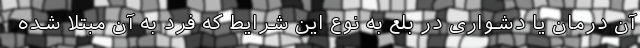
آن درمان یا دشواری در بلع به نوع این شرایط که فرد به آن مبتلا شده